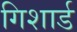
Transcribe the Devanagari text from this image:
गिशार्ड